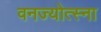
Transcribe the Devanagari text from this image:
वनज्योत्स्ना